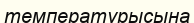
температурысына